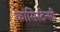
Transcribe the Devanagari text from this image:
कांसिस्टेन्सी